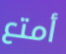
أمتع